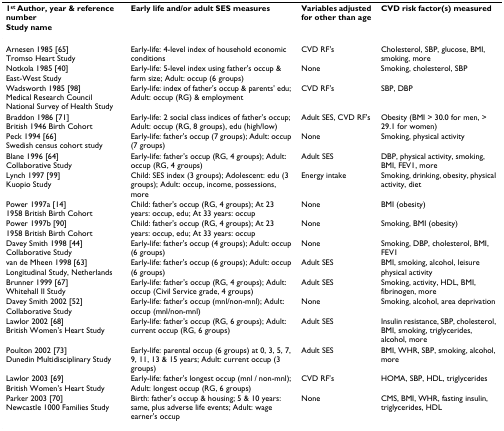
<table><thead><tr><td><b>1<sup>st </sup>Author, year &amp; reference number Study name</b></td><td><b>Early life and/or adult SES measures</b></td><td><b>Variables adjusted for other than age</b></td><td><b>CVD risk factor(s) measured</b></td></tr></thead><tbody><tr><td>Arnesen 1985 [65]Tromso Heart Study</td><td>Early-life: 4-level index of household economic conditions</td><td>CVD RF&#x27;s</td><td>Cholesterol, SBP, glucose, BMI, smoking, more</td></tr><tr><td>Notkola 1985 [40]East-West Study</td><td>Early-life: 5-level index using father&#x27;s occup &amp; farm size; Adult: occup (6 groups)</td><td>None</td><td>Smoking, cholesterol, SBP</td></tr><tr><td>Wadsworth 1985 [98]Medical Research CouncilNational Survey of Health Study</td><td>Early-life: index of father&#x27;s occup &amp; parents&#x27; edu; Adult: occup (RG) &amp; employment</td><td>CVD RF&#x27;s</td><td>SBP, DBP</td></tr><tr><td>Braddon 1986 [71]British 1946 Birth Cohort</td><td>Early-life: 2 social class indices of father&#x27;s occup; Adult: occup (RG, 8 groups), edu (high/low)</td><td>Adult SES, CVD RF&#x27;s</td><td>Obesity (BMI &gt; 30.0 for men, &gt; 29.1 for women)</td></tr><tr><td>Peck 1994 [66]Swedish census cohort study</td><td>Early-life: father&#x27;s occup (7 groups); Adult: occup (7 groups)</td><td>None</td><td>Smoking, physical activity</td></tr><tr><td>Blane 1996 [64]Collaborative Study</td><td>Early-life: father&#x27;s occup (RG, 4 groups); Adult: occup (RG, 4 groups)</td><td>Adult SES</td><td>DBP, physical activity, smoking, BMI, FEV1, more</td></tr><tr><td>Lynch 1997 [99]Kuopio Study</td><td>Child: SES index (3 groups); Adolescent: edu (3 groups); Adult: occup, income, possessions, more</td><td>Energy intake</td><td>Smoking, drinking, obesity, physical activity, diet</td></tr><tr><td>Power 1997a [14]1958 British Birth Cohort</td><td>Child: father&#x27;s occup (RG, 4 groups); At 23 years: occup, edu; At 33 years: occup</td><td>None</td><td>BMI (obesity)</td></tr><tr><td>Power 1997b [90]1958 British Birth Cohort</td><td>Child: father&#x27;s occup (RG, 4 groups); At 23 years: occup, edu; At 33 years: occup</td><td>None</td><td>Smoking, BMI (obesity)</td></tr><tr><td>Davey Smith 1998 [44]Collaborative Study</td><td>Early-life: father&#x27;s occup (4 groups); Adult: occup (6 groups)</td><td>None</td><td>Smoking, DBP, cholesterol, BMI, FEV1</td></tr><tr><td>van de Mheen 1998 [63]Longitudinal Study, Netherlands</td><td>Early-life: father&#x27;s occup (6 groups); Adult: occup (6 groups)</td><td>Adult SES</td><td>BMI, smoking, alcohol, leisure physical activity</td></tr><tr><td>Brunner 1999 [67]Whitehall II Study</td><td>Early-life: father&#x27;s occup (RG, 4 groups); Adult: occup (Civil Service grade, 4 groups)</td><td>Adult SES</td><td>Smoking, activity, HDL, BMI, fibrinogen, more</td></tr><tr><td>Davey Smith 2002 [52]Collaborative Study</td><td>Early-life: father&#x27;s occup (mnl/non-mnl); Adult: occup (mnl/non-mnl)</td><td>None</td><td>Smoking, alcohol, area deprivation</td></tr><tr><td>Lawlor 2002 [68]British Women&#x27;s Heart Study</td><td>Early-life: father&#x27;s occup (RG, 6 groups); Adult: current occup (RG, 6 groups)</td><td>Adult SES</td><td>Insulin resistance, SBP, cholesterol, BMI, smoking, triglycerides, alcohol, more</td></tr><tr><td>Poulton 2002 [73]Dunedin Multidisciplinary Study</td><td>Early-life: parental occup (6 groups) at 0, 3, 5, 7, 9, 11, 13 &amp; 15 years; Adult: current occup (3 groups)</td><td>Adult SES</td><td>BMI, WHR, SBP, smoking, alcohol, more</td></tr><tr><td>Lawlor 2003 [69]British Women&#x27;s Heart Study</td><td>Early-life: father&#x27;s longest occup (mnl / non-mnl); Adult: longest occup (RG, 6 groups)</td><td>CVD RF&#x27;s</td><td>HOMA, SBP, HDL, triglycerides</td></tr><tr><td>Parker 2003 [70]Newcastle 1000 Families Study</td><td>Birth: father&#x27;s occup &amp; housing; 5 &amp; 10 years: same, plus adverse life events; Adult: wage earner&#x27;s occup</td><td>None</td><td>CMS, BMI, WHR, fasting insulin, triglycerides, HDL</td></tr></tbody></table>